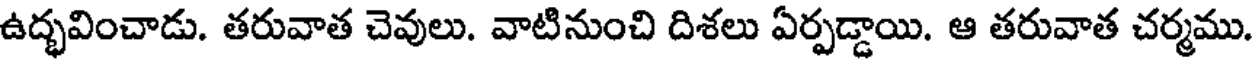
ఉద్భవించాడు. తరువాత చెవులు. వాటినుంచి దిశలు ఏర్పడ్డాయి. ఆ తరువాత చర్మము.